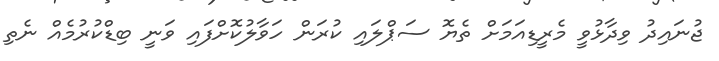
ޖުނައިދު ވިދާޅުވީ މެރީޑިއަމަށް ތެޔޮ ސަޕްލައި ކުރަން ހަވާލުކޮށްފައި ވަނީ ބިޑްކުރުމެއް ނެތި